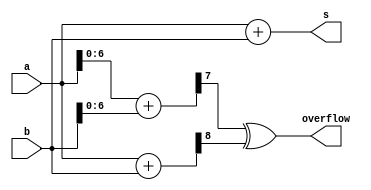
module top_module (
    input [7:0] a,
    input [7:0] b,
    output [7:0] s,
    output overflow
); //
    wire [7:0] temp1;
    wire [8:0] temp2;
    assign temp1 = a[6:0] + b[6:0];
    assign temp2 = a+b;
    
    assign s = a+b;
    assign overflow = temp1[7] ^ temp2[8];

endmodule